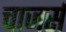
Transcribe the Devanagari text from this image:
चाजर्स